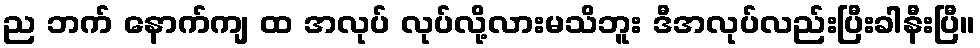
ည ဘက် နောက်ကျ ထ အလုပ် လုပ်လို့လားမသိဘူး ဒီအလုပ်လည်းပြီးခါနီးပြီ။